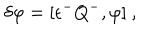
LaTeX: \delta \varphi = [ \epsilon ^ { - } Q ^ { - } , \varphi ] ~ ,